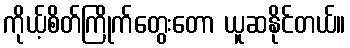
ကိုယ့်စိတ်ကြိုက်တွေးတော ယူဆနိုင်တယ်။